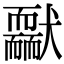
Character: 𦓢